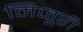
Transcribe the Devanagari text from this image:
मिजूरी